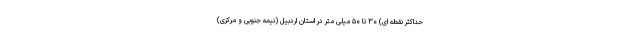
حداکثر نقطه ای) ۳۰ تا ۵۰ میلی متر در استان اردبیل (نیمه جنوبی و مرکزی)